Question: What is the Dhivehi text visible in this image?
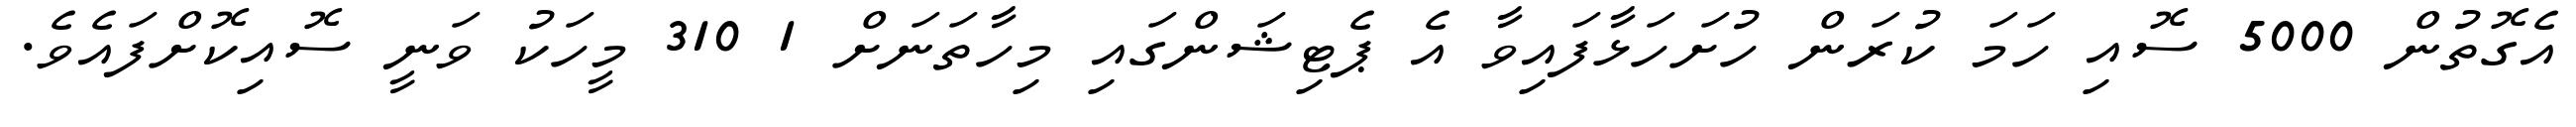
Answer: އެގޮތުން 5000 ސޮއި ހަމަ ކުރަން ހުށަހަޅާފައިވާ އެ ޕެޓިޝަންގައި މިހާތަނަށް 1 310 މީހަކު ވަނީ ސޮއިކޮށްފައެވެ.